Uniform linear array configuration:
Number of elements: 32
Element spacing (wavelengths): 0.75
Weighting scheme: cosine
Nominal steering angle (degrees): -15
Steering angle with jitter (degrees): -15.082
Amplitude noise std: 0.05
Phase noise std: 0.05

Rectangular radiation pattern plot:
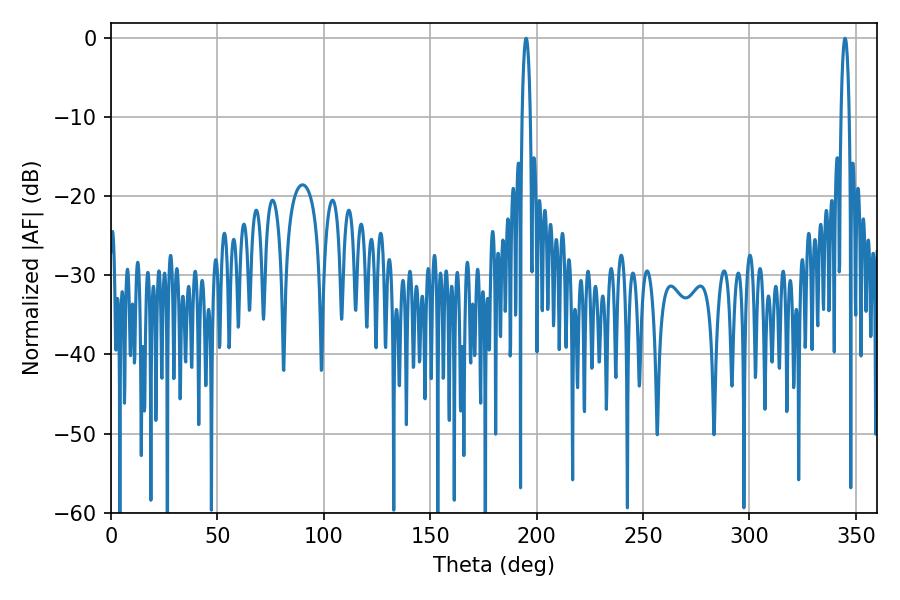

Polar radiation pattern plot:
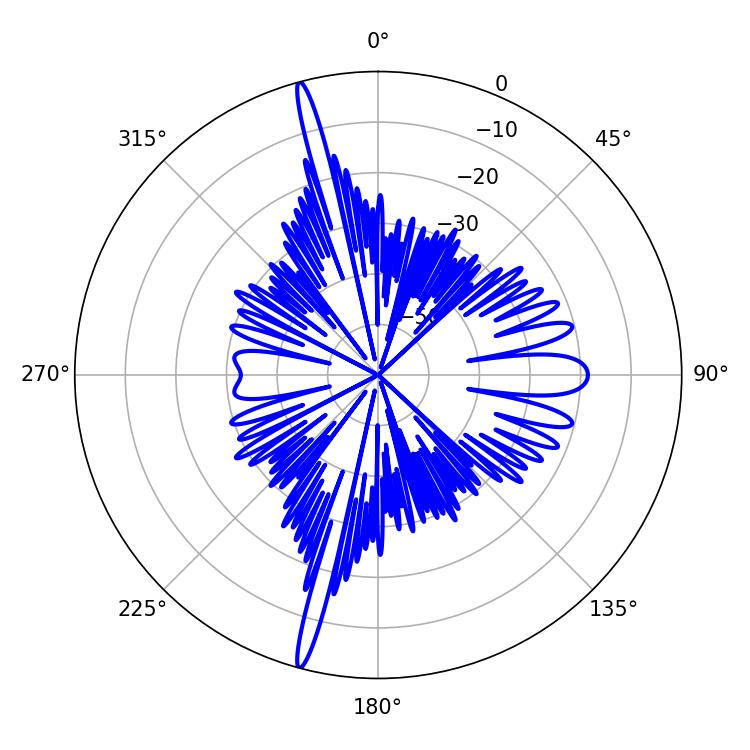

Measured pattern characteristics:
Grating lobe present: TRUE
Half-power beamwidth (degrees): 2.16
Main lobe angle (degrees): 344.88